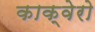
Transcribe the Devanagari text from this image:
काक्वेरो